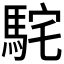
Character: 𩢵